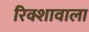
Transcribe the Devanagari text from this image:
रिक्शावाला